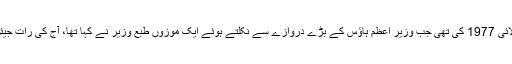
ایسی ہی ایک رات چار جولائی 1977 کی تھی جب وزیر اعظم ہاؤس کے بڑے دروازے سے نکلتے ہوئے ایک موزوں طبع وزیر نے کہا تھا، آج کی رات جیئں گے تو سحر دیکھیں گے۔